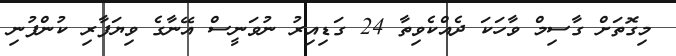
މިގޮތަށް ގާސިމް ވާހަކަ ދެއްކެވިތާ 24 ގަޑިއިރު ނުވަނީސް އޭނާގެ ވިޔަފާރި ކުންފުނި